Civil Veterinary Department Bengal reports 1933-51 - 1933-1951
Year: 1933
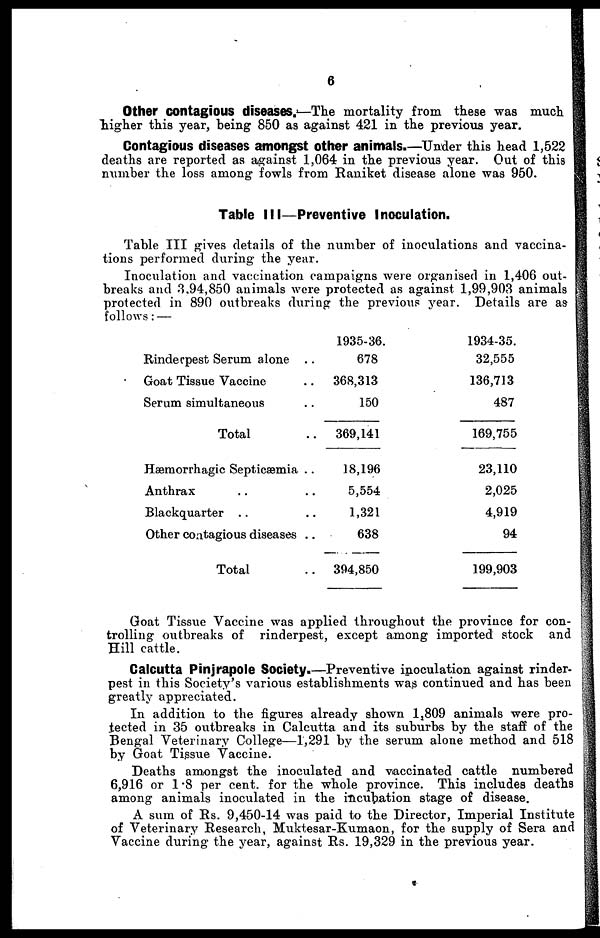
6
Other contagious diseases.—The mortality from these was much
higher this year, being 850 as against 421 in the previous year.
Contagious diseases amongst other animals.—Under this head 1,522
deaths are reported as against 1,064 in the previous year. Out of this
number the loss among fowls from Raniket disease alone was 950.
Table III—Preventive Inoculation.
Table III gives details of the number of inoculations and vaccina-
tions performed during the year.
Inoculation and vaccination campaigns were organised in 1,406 out-
breaks and 8,94,850 animals were protected as against 1,99,903 animals
protected in 890 outbreaks during the previous year. Details are as
follows:—
Rinderpest Serum alone ..
Goat Tissue Vaccine ..
Serum simultaneous ..
Total ..
Hæmorrhagic Septicæmia ..
Anthrax .. ..
Blackquarter .. ..
Other contagious diseases ..
Total ..
1935-36.
678
368,313
150
369,141
18,196
5,554
1,321
638
394,850
1934-35.
32,555
136,713
487
169,755
23,110
2,025
4,919
94
199,903
Goat Tissue Vaccine was applied throughout the province for con-
trolling outbreaks of rinderpest, except among imported stock and
Hill cattle.
Calcutta Pinjrapole Society.—Preventive inoculation against rinder-
pest in this Society's various establishments was continued and has been
greatly appreciated.
In addition to the figures already shown 1,809 animals were pro-
tected in 35 outbreaks in Calcutta and its suburbs by the staff of the
Bengal Veterinary College—1,291 by the serum alone method and 518
by Goat Tissue Vaccine.
Deaths amongst the inoculated and vaccinated cattle numbered
6,916 or 1.8 per cent. for the whole province. This includes deaths
among animals inoculated in the incubation stage of disease.
A sum of Rs. 9,450-14 was paid to the Director, Imperial Institute
of Veterinary Research, Muktesar-Kumaon, for the supply of Sera and
Vaccine during the year, against Rs. 19,329 in the previous year.